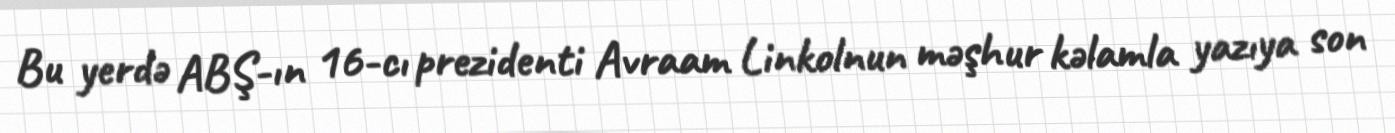
Bu yerdə ABŞ-ın 16-cı prezidenti Avraam Linkolnun məşhur kəlamla yazıya son